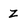
Character: Z